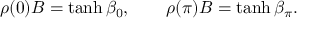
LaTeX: \rho ( 0 ) B = \operatorname { t a n h } \beta _ { 0 } , \qquad \rho ( \pi ) B = \operatorname { t a n h } \beta _ { \pi } .